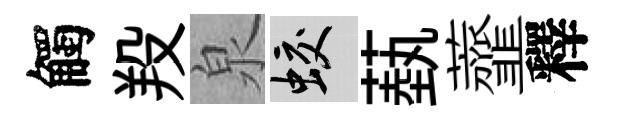
觸羖泉蛟蓺虀釋